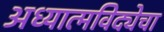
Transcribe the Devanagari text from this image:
अध्यात्मविद्येचा